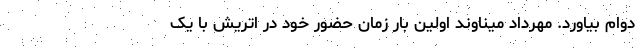
دوام بیاورد. مهرداد میناوند اولین بار زمان حضور خود در اتریش با یک